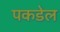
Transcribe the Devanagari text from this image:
पकडेल